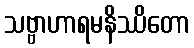
သဗ္ဗာဟာရမနိဿိတော